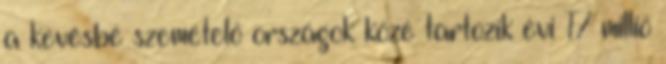
a kevésbé szemetelő országok közé tartozik évi 17 millió